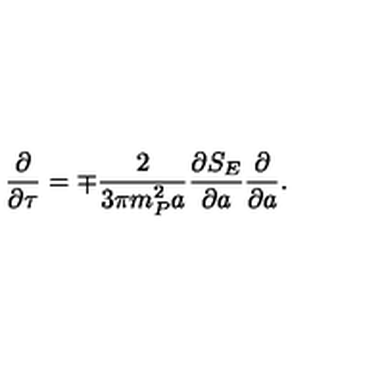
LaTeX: \frac { \partial } { \partial \tau } = \mp \frac { 2 } { 3 \pi m _ { P } ^ { 2 } a } \frac { \partial S _ { E } } { \partial a } \frac { \partial } { \partial a } .